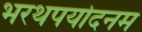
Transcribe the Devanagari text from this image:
भरथपर्यादनम